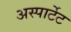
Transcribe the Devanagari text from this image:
अस्पार्टेट